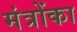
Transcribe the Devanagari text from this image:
मंत्रोंका